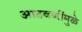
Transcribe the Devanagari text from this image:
आठवणींमुळे